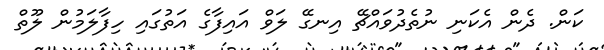
ކަން. ދެން އެކަނި ނުތެދުވައްޗޭ އިނގޭ ލަވް އައިފާގެ އަތުގައި ހިފާލަމުން ލޫތް